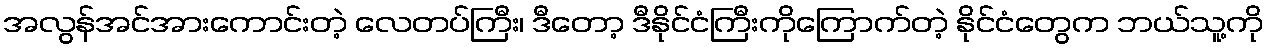
အလွန်အင်အားကောင်းတဲ့ လေတပ်ကြီး၊ ဒီတော့ ဒီနိုင်ငံကြီးကိုကြောက်တဲ့ နိုင်ငံတွေက ဘယ်သူ့ကို